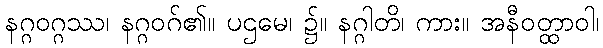
နဂ္ဂဝဂ္ဂဿ၊ နဂ္ဂဝဂ်၏။ ပဌမေ၊ ၌။ နဂ္ဂါတိ၊ ကား။ အနီဝတ္ထာဝါ၊